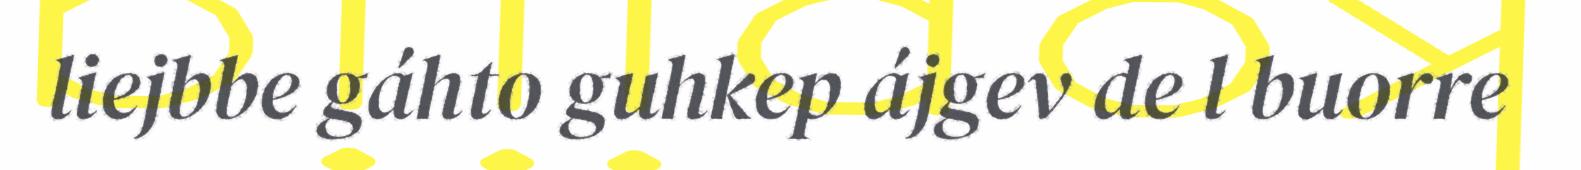
liejbbe gáhto guhkep ájgev de l buorre